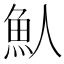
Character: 魜